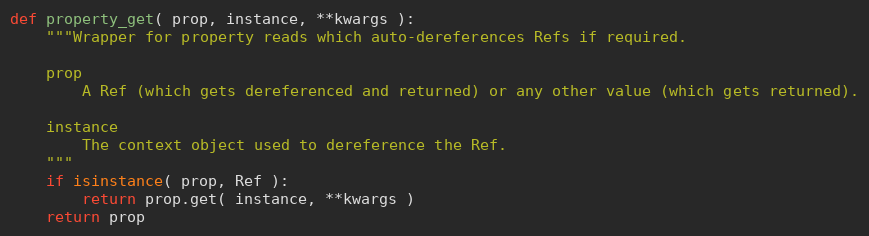
Language: Python
def property_get( prop, instance, **kwargs ):
    """Wrapper for property reads which auto-dereferences Refs if required.

    prop
        A Ref (which gets dereferenced and returned) or any other value (which gets returned).

    instance
        The context object used to dereference the Ref.
    """
    if isinstance( prop, Ref ):
        return prop.get( instance, **kwargs )
    return prop